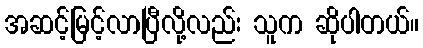
အဆင့်မြင့်လာပြီလို့လည်း သူက ဆိုပါတယ်။